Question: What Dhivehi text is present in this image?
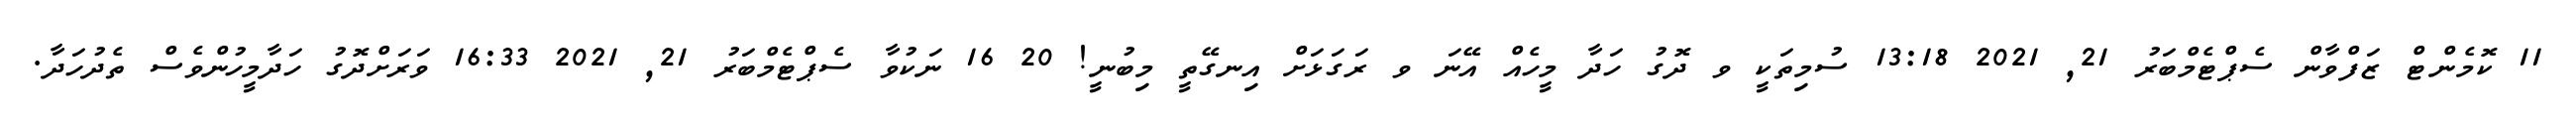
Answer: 11 ކޮމެންޓް ޒަފްވާން ސެޕްޓެމްބަރު 21, 2021 13:18 ސުމިތަކީ ވ ދޮގު ހަދާ މީހެއް އޭނަ ވ ރަގަޅަށް އިނގޭތީ މިބުނީ! 20 16 ނަކުވާ ސެޕްޓެމްބަރު 21, 2021 16:33 ވަރަށްދޮގު ހަދާމީހުންވެސް ތެދުހަދާ.